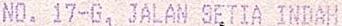
NO. 17-G, JALAN SETIA INDAH